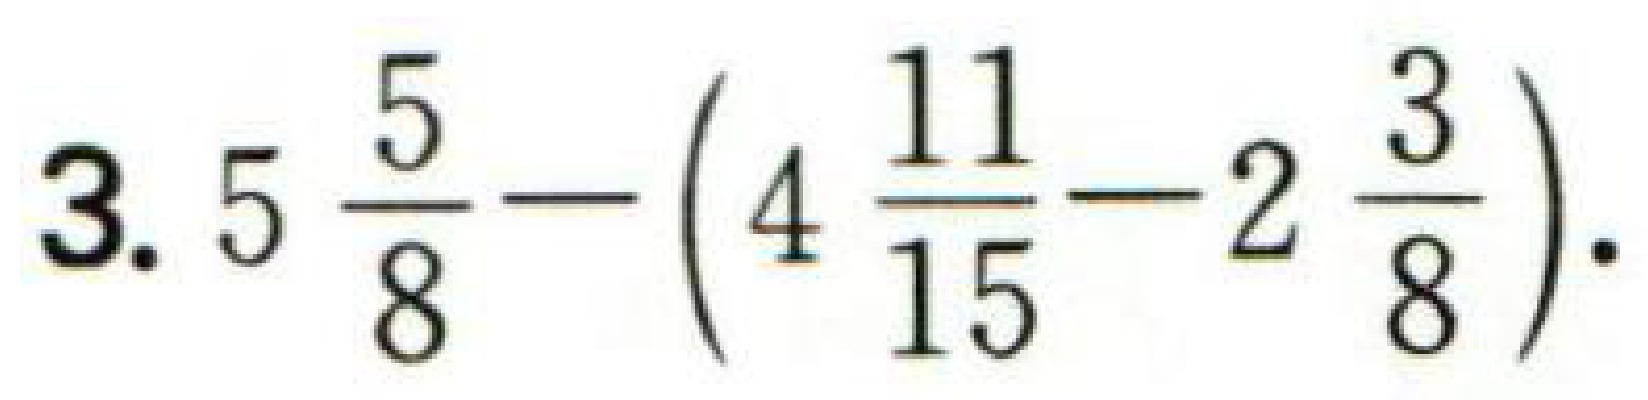
$3.5\frac{5}{8}-(4\frac{11}{15}-2\frac{3}{8}).$